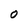
Character: O